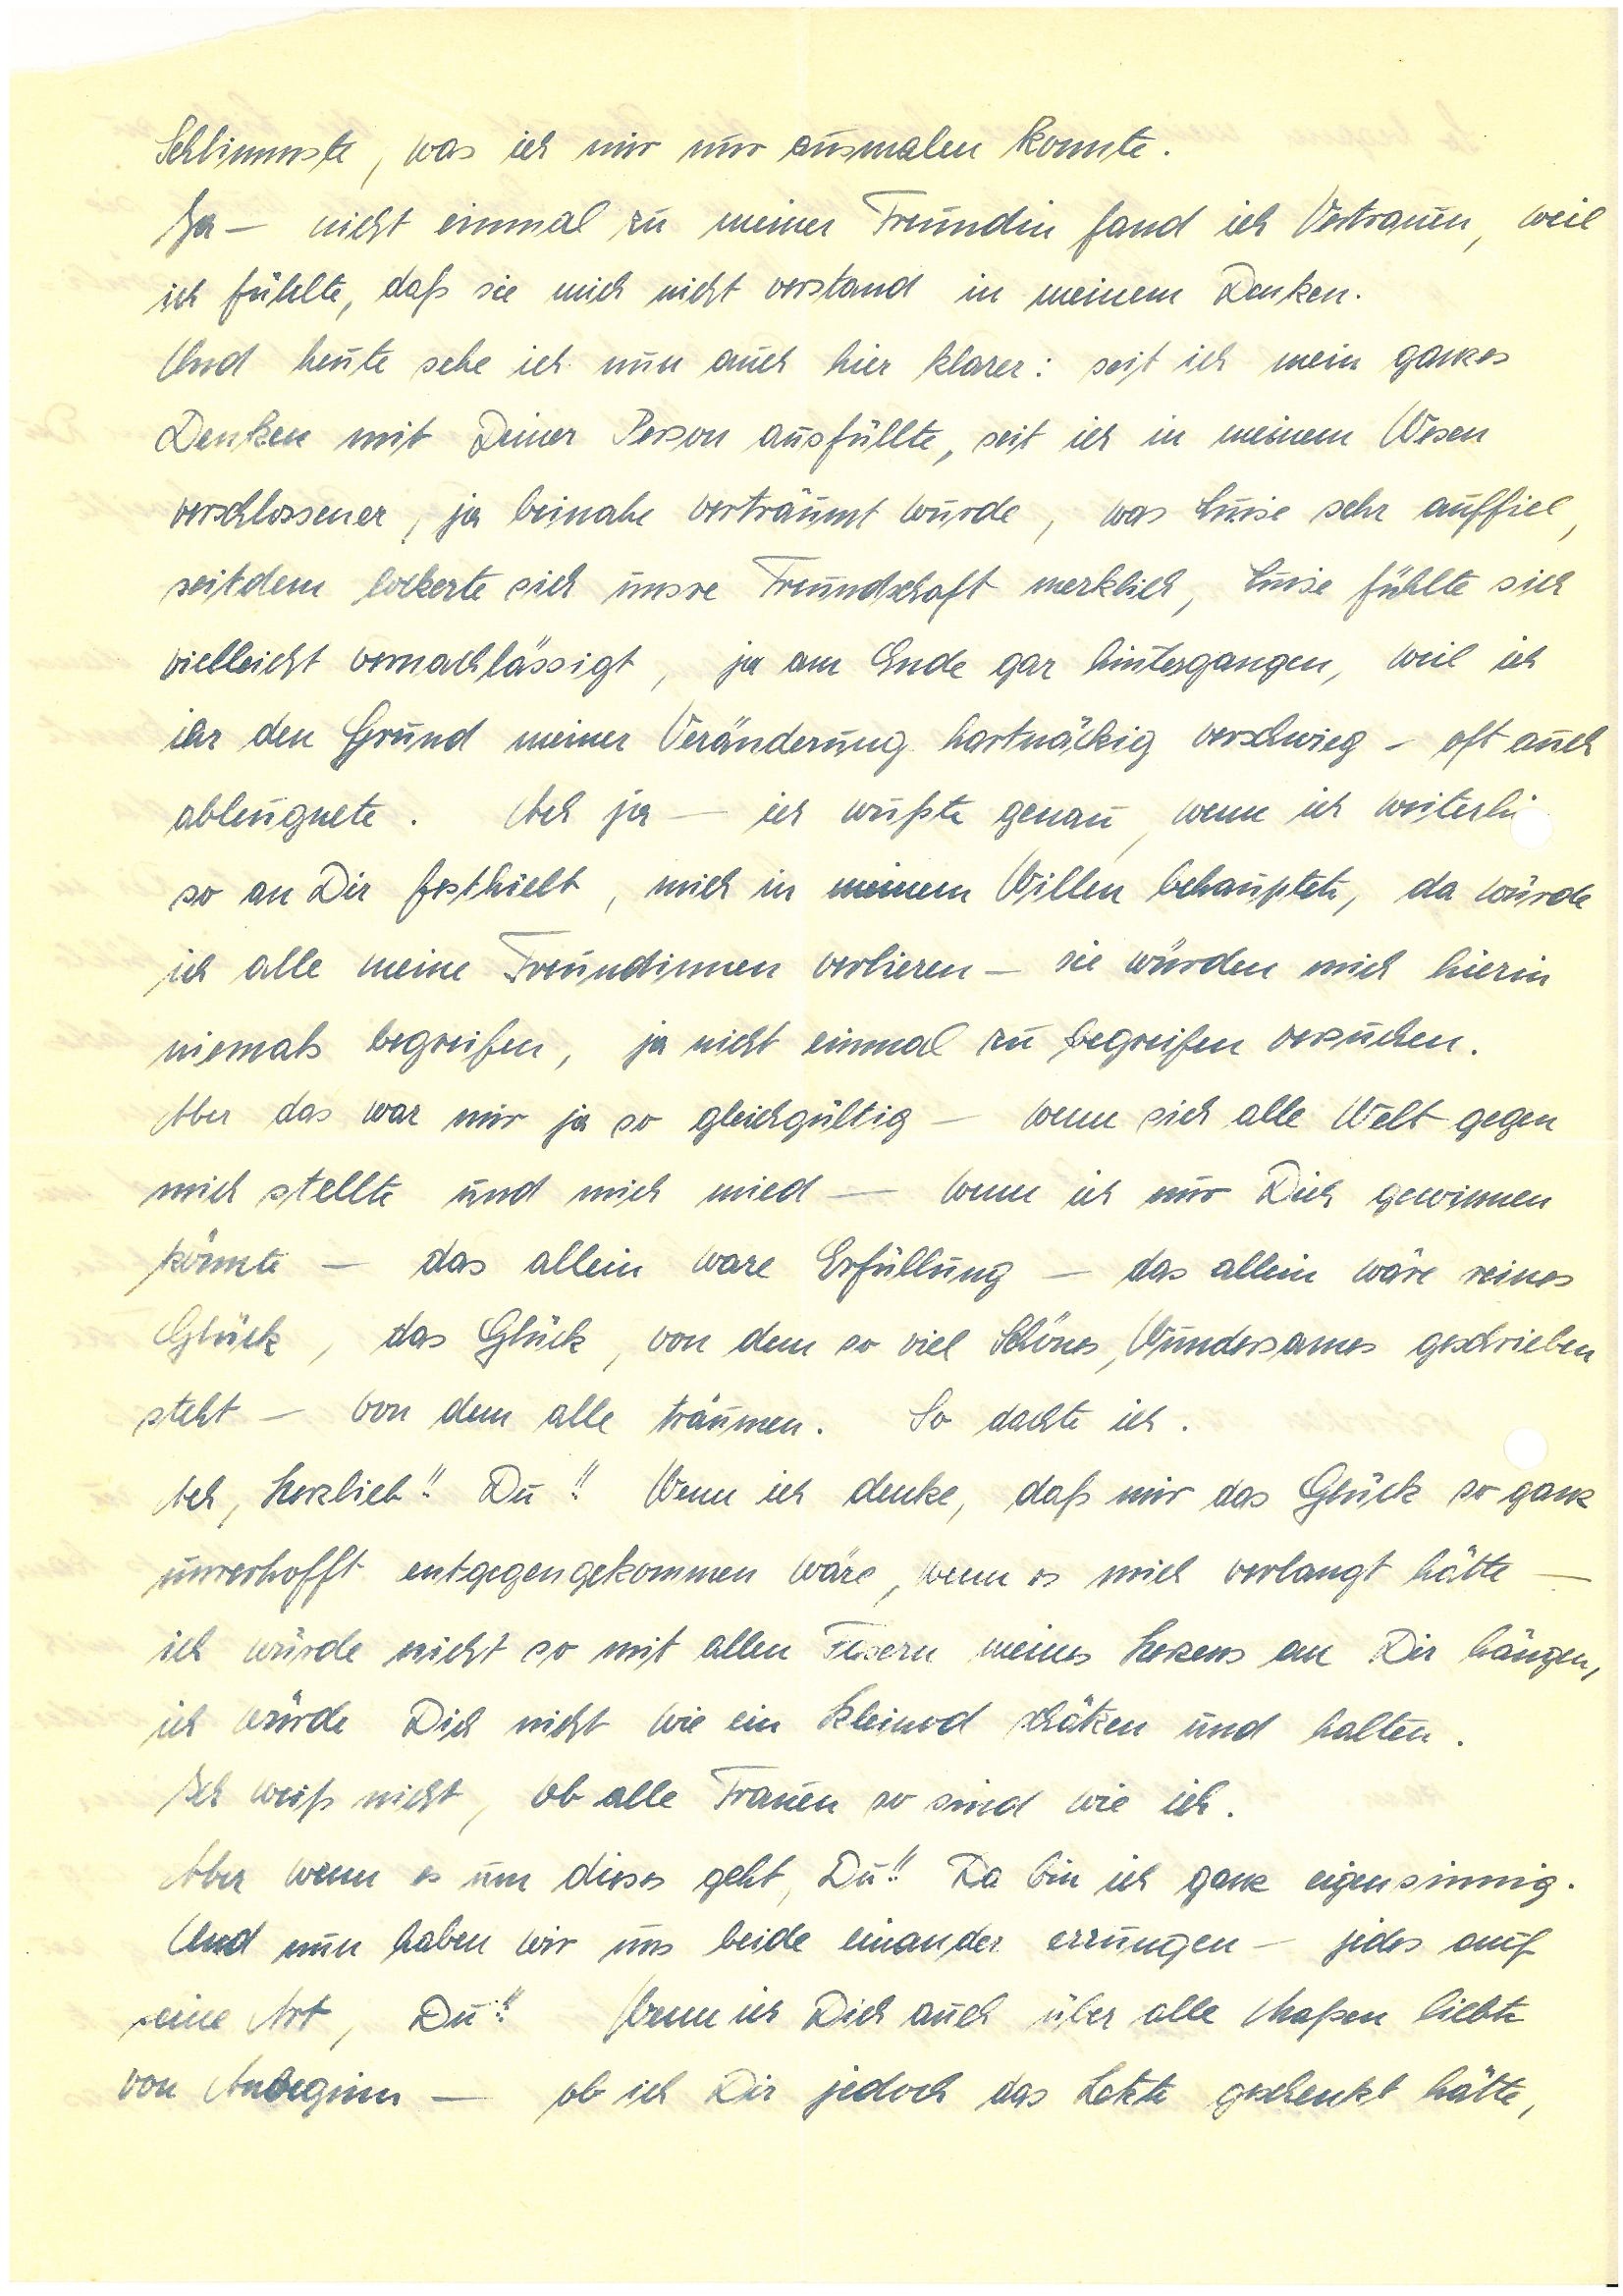
Schlimmste, was ich mir ausmalen konnte.
Ja – nicht einmal zu meiner Freundin fand ich Vertrauen, weil
ich fühlte, daß sie mich nicht verstand in meinem Denken.
Und heute sehe ich nun auch hier klarer: seit ich mein ganzes
Denken mit Deiner Person ausfüllte, seit ich in meinem Wesen
verschlossener, ja, beinahe verträumt wurde, was Luise sehr auffiel,
seitdem lockerte sich unsre Freundschaft merklich, Luise fühlte sich
vielleicht vernachlässigt, ja am Ende gar hintergangen, weil ich
ihr den Grund meiner Veränderung hartnäckig verschwieg – oft auch
ableugnete. Ach ja – ich wußte genau, wenn ich weiterhin
so an Dir festhielt, mich in meinem Willen behauptete, da würde
ich alle meine Freundinnen verlieren – sie würden mich hierin
niemals begreifen, ja nicht einmal zu begreifen versuchen.
Aber das war mir ja so gleichgültig – wenn sich alle Welt gegen
mich stellte und mich mied – wenn ich mir Dich gewinnen
könnte – das allein wäre Erfüllung – das allein wäre reines
Glück, das Glück, von dem so viel Schönes, Wundersames geschrieben
steht – von dem alle träumen. So dachte ich.
Ach, Herzlieb!! Du!! Wenn ich denke, daß mir das Glück so ganz
unverhofft entgegengekommen wäre, wenn es mich verlangt hätte,
ich würde nicht so mit allen Fasern meines Herzens an Dir hängen,
ich würde Dich nicht wie ein Kleinod schätzen und halten.
Ich weiß nicht, ob alle Frauen so sind wie ich.
Aber wenn es um dieses geht, Du!! Da bin ich ganz eigensinnig.
Und nun haben wir uns beide einander errungen – jedes auf
seine Art, Du!! Wenn ich Dich auch über alle Maßen liebte
von Anbeginn – ob ich Dir jedoch das Letzte geschenkt hätte,